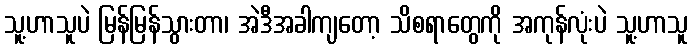
သူ့ဟာသူပဲ မြန်မြန်သွားတာ၊ အဲဒီအခါကျတော့ သိစရာတွေကို အကုန်လုံးပဲ သူ့ဟာသူ